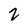
Character: 2